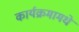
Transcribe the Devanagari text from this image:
कार्यक्रमामधे